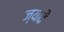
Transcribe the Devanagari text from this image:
ज्यावै